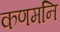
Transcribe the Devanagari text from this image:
कणमनि